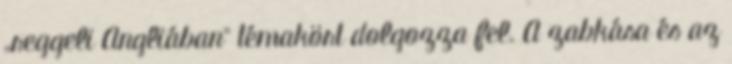
„reggeli Angliában” témakört dolgozza fel. A zabkása és az